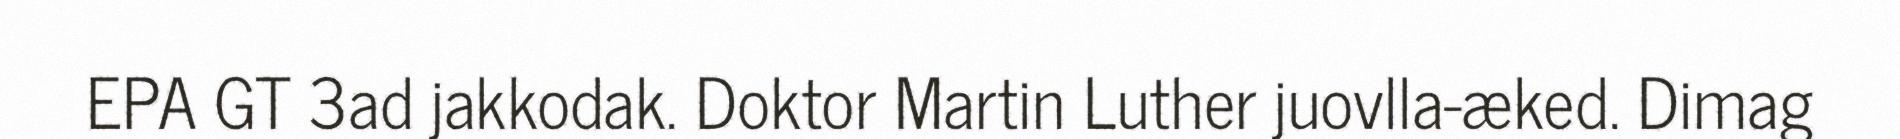
EPA GT 3ad jakkodak. Doktor Martin Luther juovlla-æked. Dimag